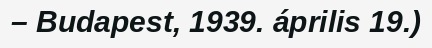
– Budapest, 1939. április 19.)